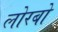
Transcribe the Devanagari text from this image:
लोरबो